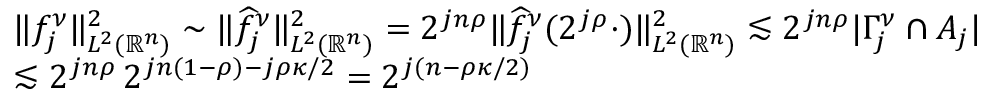
\begin{array} { r l } & { \| f _ { j } ^ { \nu } \| _ { L ^ { 2 } ( \mathbb { R } ^ { n } ) } ^ { 2 } \sim \| \widehat { f } _ { j } ^ { \nu } \| _ { L ^ { 2 } ( \mathbb { R } ^ { n } ) } ^ { 2 } = 2 ^ { j n \rho } \| \widehat { f } _ { j } ^ { \nu } ( 2 ^ { j \rho } \cdot ) \| _ { L ^ { 2 } ( \mathbb { R } ^ { n } ) } ^ { 2 } \lesssim 2 ^ { j n \rho } | \Gamma _ { j } ^ { \nu } \cap A _ { j } | } \\ & { \lesssim 2 ^ { j n \rho } \, 2 ^ { j n ( 1 - \rho ) - j \rho \kappa / 2 } = 2 ^ { j ( n - \rho \kappa / 2 ) } } \end{array}